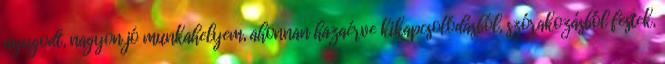
nyugodt, nagyon jó munkahelyem, ahonnan hazaérve kikapcsolódásból, szórakozásból festek,